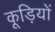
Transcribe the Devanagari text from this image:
कूड़ियों